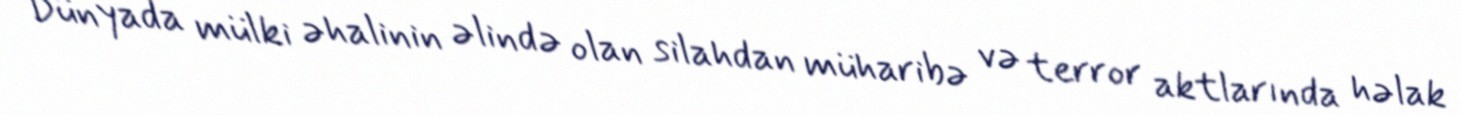
Dünyada mülki əhalinin əlində olan silahdan müharibə və terror aktlarında həlak